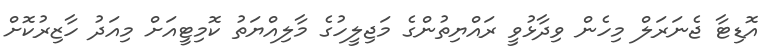
އޮޑިޓާ ޖެނަރަލް މިހެން ވިދާޅުވީ ރައްޔިތުންގެ މަޖިލީހުގެ މާލިއްޔަތު ކޮމިޓީއަށް މިއަދު ހާޒިރުކޮށް